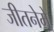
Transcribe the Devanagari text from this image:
जीतनेमे